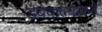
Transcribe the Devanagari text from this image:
डबेवाल्यांकडे